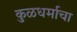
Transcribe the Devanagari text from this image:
कुळधर्माचा